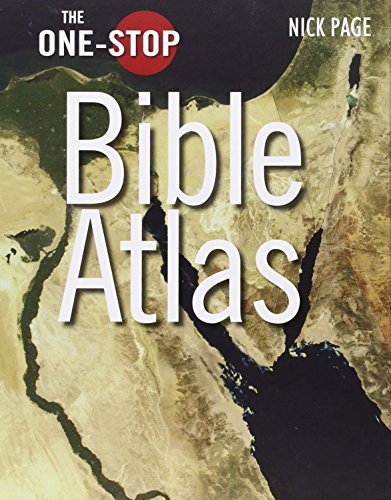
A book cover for The One-Stop Bible Atlas; Nick Page; Christian Books & Bibles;